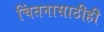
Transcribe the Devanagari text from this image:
चिंतनासाठीही